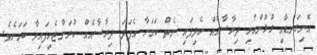
އޮނިގަނޑާއި ގުޅުންހުރި ދިރާސާއެއް ހެދިފައި ނެތް ކަމަށާ އެފަދަ ދިރާސާއެއް ކުރަންޖެހިފައިވާ ކަމަށެވެ.